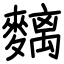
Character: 麶